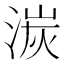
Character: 湠